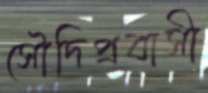
সৌদিপ্রবাসী